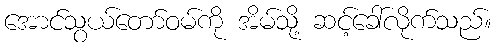
အောင်သွယ်တော်ဝမ်ကို အိမ်သို့ ဆင့်ခေါ်လိုက်သည်။